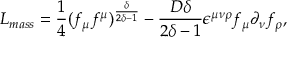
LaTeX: L _ { m a s s } = \frac { 1 } { 4 } ( f _ { \mu } f ^ { \mu } ) ^ { \frac { \delta } { 2 \delta - 1 } } - \frac { D \delta } { 2 \delta - 1 } \epsilon ^ { \mu \nu \rho } f _ { \mu } \partial _ { \nu } f _ { \rho } ,